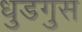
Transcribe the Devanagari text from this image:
धुडगुस